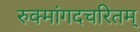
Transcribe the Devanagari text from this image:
रुक्मांगदचरितम्